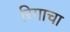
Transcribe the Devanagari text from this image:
रिगाचा